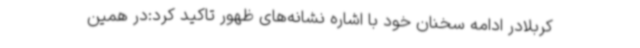
کربلادر ادامه سخنان خود با اشاره نشانه‌های ظهور تاکید کرد:‌در همین